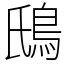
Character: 䲭